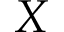
X